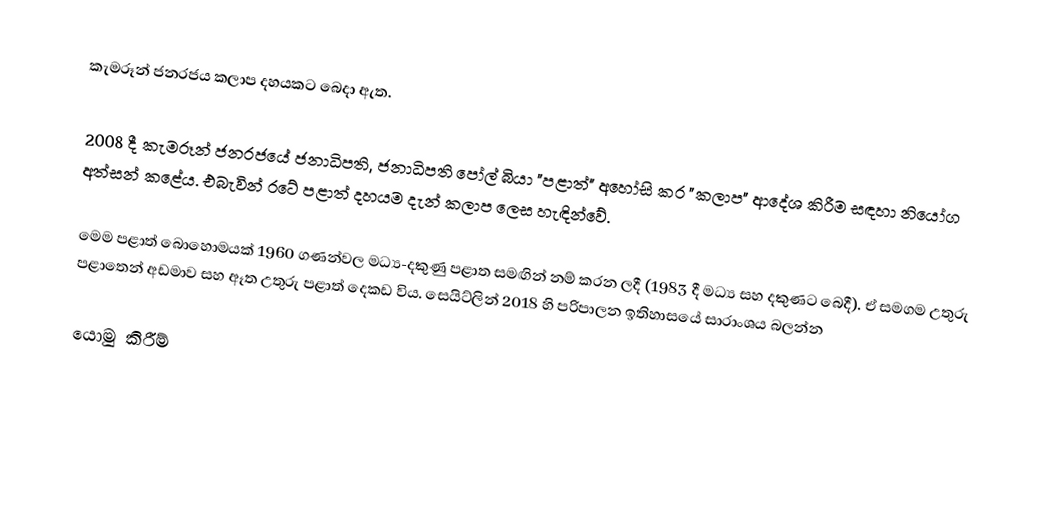
කැමරූන් ජනරජය කලාප දහයකට බෙදා ඇත.

2008 දී කැමරූන් ජනරජයේ ජනාධිපති, ජනාධිපති පෝල් බියා "පළාත්" අහෝසි කර "කලාප" ආදේශ කිරීම සඳහා නියෝග අත්සන් කළේය. එබැවින් රටේ පළාත් දහයම දැන් කලාප ලෙස හැඳින්වේ.

මෙම පළාත් බොහොමයක් 1960 ගණන්වල මධ්‍ය-දකුණු පළාත සමඟින් නම් කරන ලදී (1983 දී මධ්‍ය සහ දකුණට බෙදී). ඒ සමගම උතුරු පළාතෙන් අඩමාව සහ ඈත උතුරු පළාත් දෙකඩ විය. සෙයිට්ලින් 2018 හි පරිපාලන ඉතිහාසයේ සාරාංශය බලන්න

යොමු කිරීම්